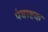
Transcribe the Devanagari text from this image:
पंचाष्टक